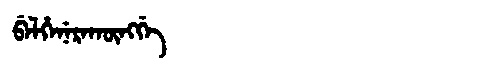
Manchu: ᠪᡝᠯᡥᡝᠨᡝᡵᠠᡴᡡᠩᡤᡝ
Romanization: BELHENERAKŪNGGE